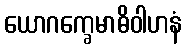
ယောဂက္ခေမာဓိဝါဟနံ